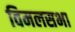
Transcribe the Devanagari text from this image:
विमलसभा